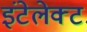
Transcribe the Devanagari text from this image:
इंटेलेक्ट